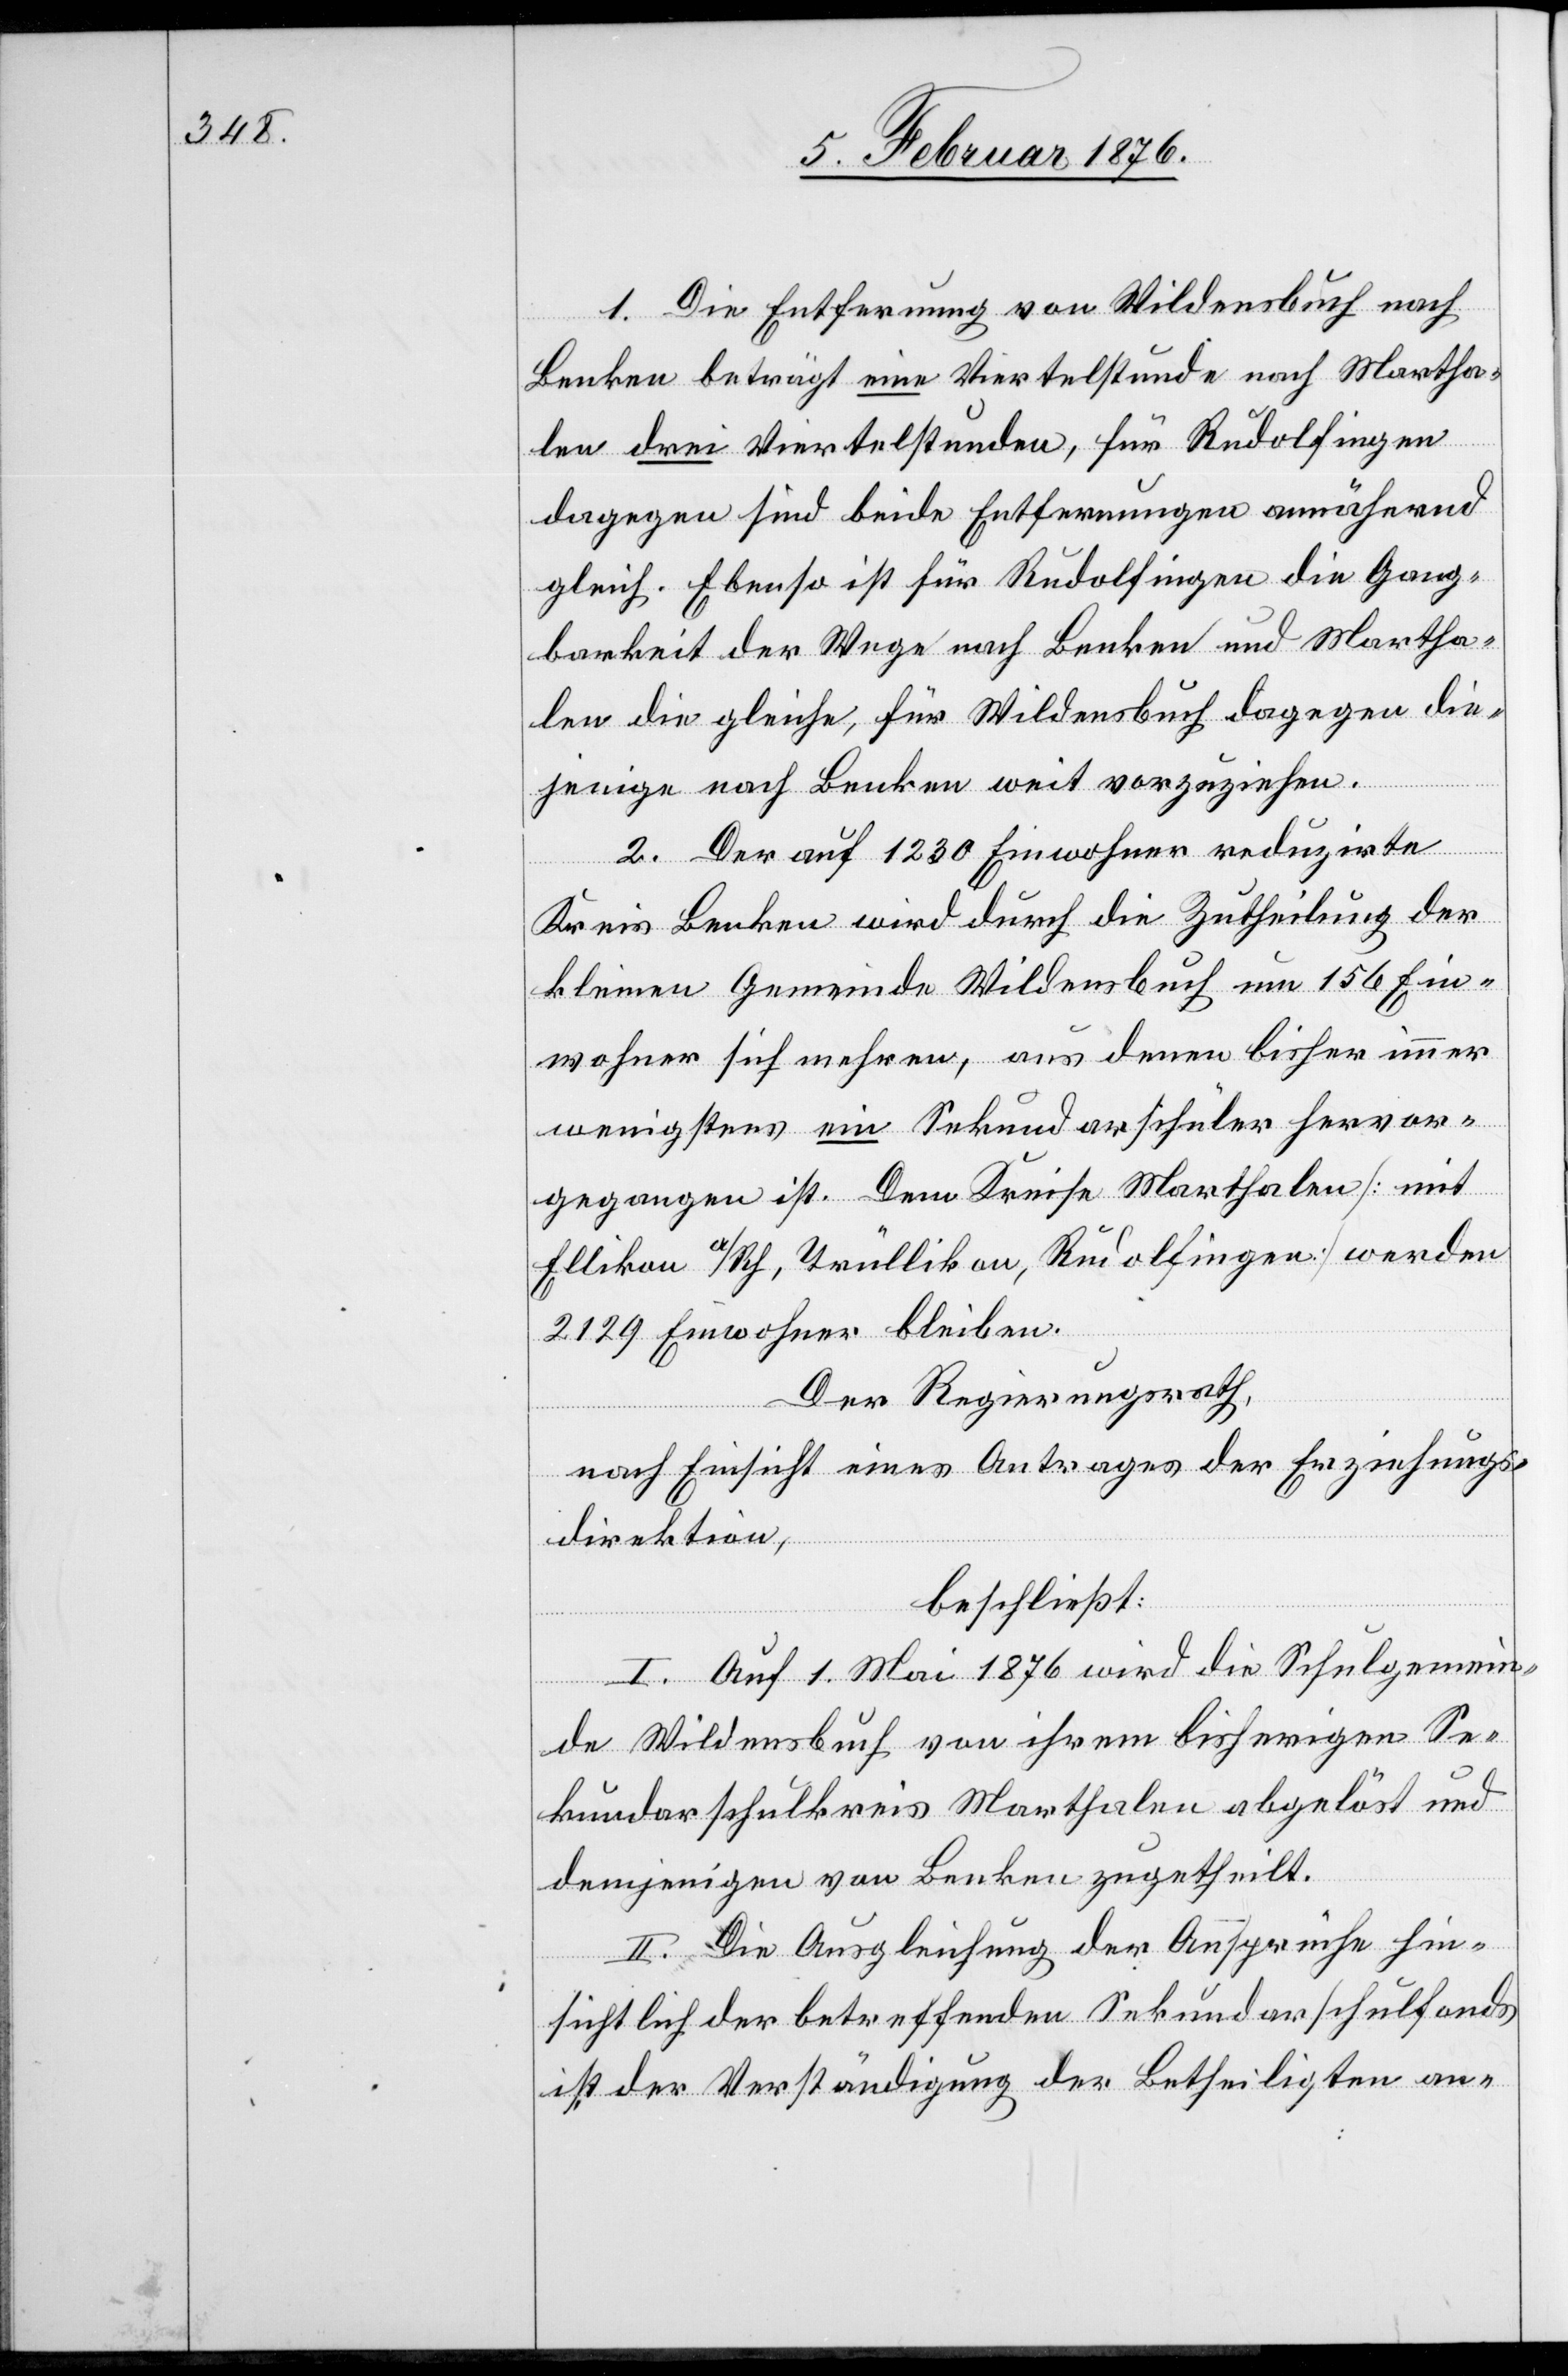
1. Die Entfernung von Wildensbuch nach
Benken beträgt eine Viertelstunde nach Martha¬
len drei Viertelstunden, für Rudolfingen
dagegen sind beide Entfernungen annähernd
gleich. Ebenso ist für Rudolfingen die Gang¬
barkeit der Wege nach Benken und Martha¬
len die gleiche, für Wildensbuch dagegen die¬
jenige nach Benken weit vorzuziehen.
2. Der auf 1230 Einwohner reduzirte
Kreis Benken wird durch die Zutheilung der
kleinen Gemeinde Wildensbuch um 156 Ein¬
wohner sich mehren, aus denen bisher immer
wenigstens ein Sekundarschüler hervor¬
gegangen ist. Dem Kreise Marthalen [mit
Ellikon a/Rh, Trüllikon, Rudolfingen] werden
2129 Einwohner bleiben.
Der Regierungsrath,
nach Einsicht eines Antrages der Erziehungs¬
direktion,
beschließt:
I. Auf 1. Mai 1876 wird die Schulgemein¬
de Wildensbuch von ihrem bisherigen Se¬
kundarschulkreis Marthalen abgelöst und
demjenigen von Benken zugetheilt.
II. Die Ausgleichung der Ansprüche hin¬
sichtlich der betreffenden Sekundarschulfonds
ist der Verständigung der Betheiligten an-